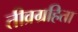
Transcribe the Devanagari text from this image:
तीव्रग्रहिता